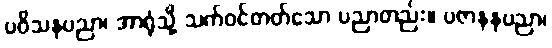
ပဝိသနပညာ၊ အာရုံသို့ သက်ဝင်တတ်သော ပညာတည်း။ ပဇာနနပညာ၊